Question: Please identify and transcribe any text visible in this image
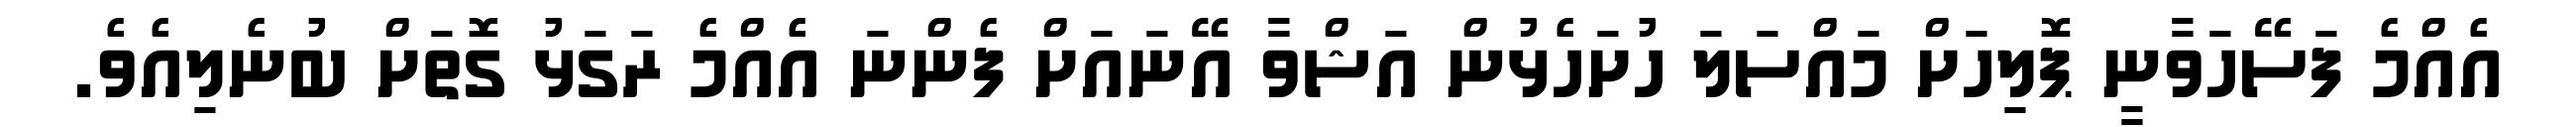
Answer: އެއްމެ ފަސޭހަވާނީ ޕޮލިހަށް މައްސަލަ ހުށަހެޅުން އަޝްވާ އޭނައަށް ފެންނަ އެއްމެ ރަގަޅު ގޮތަށް ބުނެލިއެވެ.